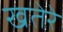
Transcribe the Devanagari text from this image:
खतेरे